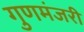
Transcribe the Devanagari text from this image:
गुणमंजरी